Lunatic asylums in Bengal annual reports 1912-1924 - 1912-1924
Year: 1912
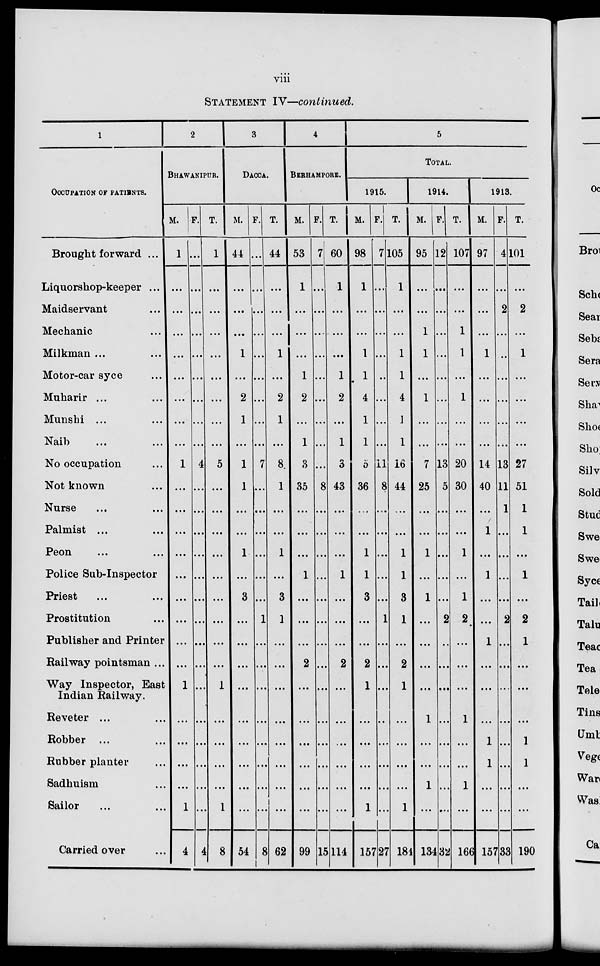
viii
STATEMENT IV—continued.
1
OCCUPATION OF PATIENTS.
Brought forward ...
Liquorshop-keeper ...
Maidservant ...
Mechanic ...
Milkman ... ...
Motor-car syce ...
Muharir ... ...
Munshi ... ...
Naib ... ...
No occupation ...
Not known ...
Nurse ... ...
Palmist ... ...
Peon ... ...
Police Sub-Inspector
Priest ... ...
Prostitution ...
Publisher and Printer
Railway pointsman ...
Way Inspector, East
Indian Railway.
Reveter ... ...
Robber ... ...
Rubber planter ...
Sadhuism ...
Sailor ... ...
Carried over ...
2
BHAWANIPUR.
M.
1
...
...
...
...
...
...
...
...
1
...
...
...
...
...
...
...
...
...
1
...
...
...
...
1
4
F.
...
...
...
...
...
...
...
...
...
4
...
...
...
...
...
...
...
...
...
...
...
...
...
...
...
4
T.
1
...
...
...
...
...
...
...
...
5
...
...
...
...
...
...
...
...
...
1
...
...
...
...
1
8
3
DACCA.
M.
44 .
...
...
...
1
...
2
1
...
1
1
...
...
1
...
3
...
...
...
...
...
...
...
...
...
54
F.
...
...
...
...
...
...
...
...
...
7
...
...
...
...
. ...
...
1
...
....
...
...
...
...
...
...
8
T.
44
...
...
...
1
...
2
1
...
8
1
...
...
1
...
3
1
...
...
...
...
...
...
...
...
62
4
BERHAMPORE.
M.
53
1
...
...
...
1
2
...
1
3
35
...
...
...
1
...
...
...
2
...
...
...
...
...
...
99
F.
7
...
...
...
...
...
...
...
...
...
8
...
...
...
. ..
...
...
...
...
...
...
...
...
...
...
15
T.
60
1
...
...
...
1
2
...
1
3
43
...
...
...
1
...
...
...
2
...
...
...
...
...
...
114
5
TOTAL.
1915.
M.
98
1
...
...
1
1
4
1
1
5
36
...
...
1
1
3
...
...
2
1
...
...
...
...
1
157
F.
7
...
...
...
...
...
...
...
...
11
8
...
...
...
...
...
1
...
...
...
...
...
...
...
...
27
T.
105
1
...
...
1
1
4
1
1
16
44
...
...
1
1
3
1
...
2
1
...
...
...
...
1
184
1914.
M.
95
...
...
1
1
...
1
...
...
7
25
...
...
1
...
1
...
...
...
...
1
...
...
1
...
134
F.
12
...
...
...
...
...
...
...
...
13
5
...
...
...
...
...
2
...
...
...
...
...
...
...
...
32
T.
107
...
...
1
1
...
1
...
...
20
30
...
...
1
...
1
2
...
...
...
1
...
...
1
...
166
1913.
M.
97
...
...
...
1
...
...
...
...
14
40
...
1
...
1
...
...
1
...
...
...
1
1
...
...
157
F.
4
...
2
...
...
...
...
...
...
13
11
1
...
...
...
...
2
...
...
...
...
...
...
...
...
33
T.
101
...
2
...
1
...
...
...
...
27
51
1
1
...
1
...
2
1
...
...
...
1
1
...
...
190